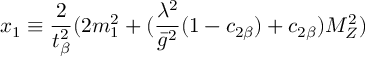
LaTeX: x _ { 1 } \equiv \frac { 2 } { t _ { \beta } ^ { 2 } } ( 2 m _ { 1 } ^ { 2 } + ( \frac { \lambda ^ { 2 } } { \bar { g } ^ { 2 } } ( 1 - c _ { 2 \beta } ) + c _ { 2 \beta } ) M _ { Z } ^ { 2 } )